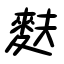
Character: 麩